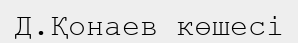
Д.Қонаев көшесі